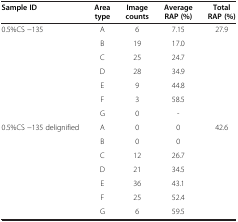
<table><thead><tr><td><b>Sample ID</b></td><td><b>Area type</b></td><td><b>Image counts</b></td><td><b>Average RAP (%)</b></td><td><b>Total RAP (%)</b></td></tr></thead><tbody><tr><td rowspan="7">0.5%CS -135</td><td>A</td><td>6</td><td>7.15</td><td rowspan="7">27.9</td></tr><tr><td>B</td><td>19</td><td>17.0</td></tr><tr><td>C</td><td>25</td><td>24.7</td></tr><tr><td>D</td><td>28</td><td>34.9</td></tr><tr><td>E</td><td>9</td><td>44.8</td></tr><tr><td>F</td><td>3</td><td>58.5</td></tr><tr><td>G</td><td>0</td><td>-</td></tr><tr><td rowspan="7">0.5%CS -135 delignified</td><td>A</td><td>0</td><td>0</td><td rowspan="7">42.6</td></tr><tr><td>B</td><td>0</td><td>0</td></tr><tr><td>C</td><td>12</td><td>26.7</td></tr><tr><td>D</td><td>21</td><td>34.5</td></tr><tr><td>E</td><td>36</td><td>43.1</td></tr><tr><td>F</td><td>25</td><td>52.4</td></tr><tr><td>G</td><td>6</td><td>59.5</td></tr></tbody></table>